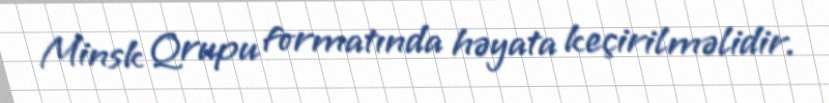
Minsk Qrupu formatında həyata keçirilməlidir.